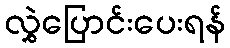
လွှဲပြောင်းပေးရန်